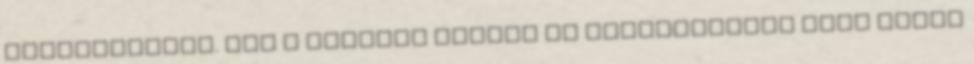
pályafutását. Még a bérleti díjjal is rendszeresen adós marad